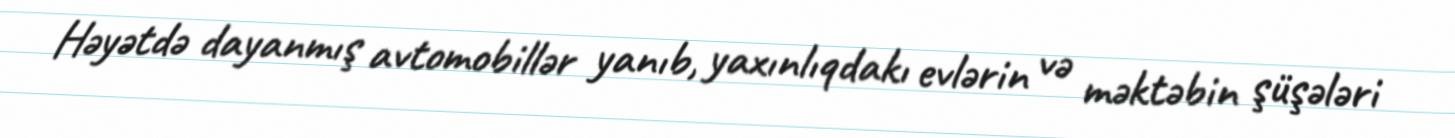
Həyətdə dayanmış avtomobillər yanıb, yaxınlıqdakı evlərin və məktəbin şüşələri